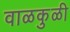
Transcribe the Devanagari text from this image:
वाळकुळी